Report of the Municipal Commissioner on the plague in Bombay for the year ending 31st May... - Volume 2
Disease focus: Plague
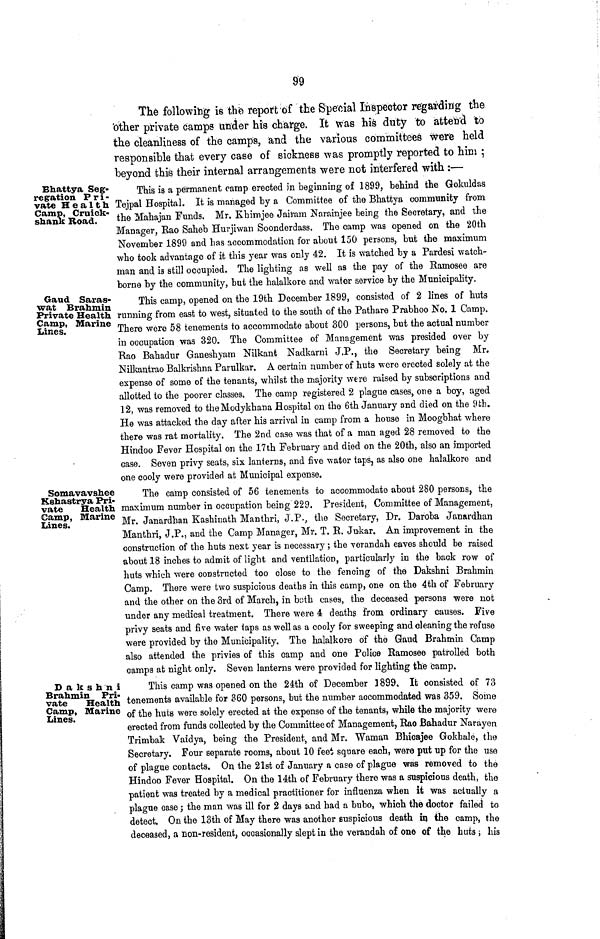
99
The following is the report of the Special Inspector regaiding the
other private camps under his charge. It was hia duty to attend to
the cleanliness of the camps, and the various committees were held
responsible that every case of sickness was promptly reported to him ;
beyond this their internal arrangements were not interfered with :—
Bhattya Seg-
regation P r i -
vate Health
Camp, Cruick-
shank Road.
This is a permanent camp erected in beginning of 1899, behind the Gokuldas
Tejpal Hospital. It is managed by a Committee of the Bhattya community from
the Mahajan Funds. Mr. Khimjee Jairam Narainjee being the Secretary, and the
Manager, Bao Saheb Hurjiwan Soonderdass. The camp was opened on the 20th
November 1899 and has accommodation for about 150 persons, but the maximum
who took advantage of it this year was only 42. It is watched by a Pardesi watch-
man and is still occupied. The lighting as well as the pay of the Ramosee are
borne by the community, but the halalkore and water service by the Municipality.
Gaud Saras-
wat Brahmin
Private Health
Camp, Marine
Lines.
This camp, opened on the 19th December 1899, consisted of 2 lines of huts
running from east to west, situated to the south of the Pathare Prabhoo No. 1 Camp.
There were 58 tenements to accommodate about 300 persons, but the actual number
in occupation was 320. The Committee of Management was presided over by
Rao Bahadur Ganeshyam Nilkant Nadkarni J.P., the Secretary being Mr.
Nilkantrao Balkrishna Parulkar. A certain number of huts were erected solely at the
expense of some of the tenants, whilst the majority were raised by subscriptions and
allotted to the poorer classes. The camp registered 2 plague cases, one a boy, aged
12, was removed to theModykhana Hospital on the 6th January and died on the 9fcb.
He was attacked the day after his arrival in camp from a house in Moogbhat where
there was rat mortality. The 2nd case was that of a man aged 28 removed to the
Hindoo Fever Hospital on the 17th February and died on the 20th, also an imported
case. Seven privy seats, six lanterns, and five water taps, as also one halalkore and
one cooly were provided at Municipal expense.
Somavavshee
Kshastrya Pri-
vate
Health
Camp, Marine
Lines.
The camp consisted of 56 tenements to accommodate about 280 persons, the
maximum number in occupation being 229. President, Committee of Management,
Mr. Janardban Kashinath Manthri, J.P·, the Secretary, Dr. Daroba Janardhan
Manthri, J.P., and the Camp Manager, Mr. T. R. Ju-kar. An improvement in the
construction of the huts next year is necessary; the verandah eaves should be raised
about 18 inches to admit of light and ventilation, particularly in the back row of
huts which were constructed too close to the fencing of the Dakshni Brahmin
Camp. There were two suspicious deaths in this camp, one on the 4th of February
and the other on the 3rd of March, in both cases, the deceased persons were not
under any medical treatment. There were 4 deaths from ordinary causes. Five
privy seats and five water taps as well as a cooly for sweeping and cleaning the refuse
were provided by the Municipality. The halalkore of the Gaud Brahmin Camp
also attended the privies of this camp and one Police Ramosee patrolled both
camps at night only. Seven lanterns were provided for lighting the camp.
Dakshni
Brahmin Pri-
vate
Health
Camp, Marine
Lines.
This camp was opened on the 24th of December 1899. It consisted of 73
tenements available for 360 persons, but the number accommodated was 359. Some
of the huts were solely erected at the expense of the tenants, while the majority were
erected from funds collected by the Committee of Management, Rao Bahadur Narayen
Trimbak Vaidya, being the President, and Mr. Waman Bhioajee Gokhalé, the
Secretary. Four separate rooms, about 10 feet square each, were put up for the use
of plague contacts. On the 21st of January a case of plague was removed to the
Hindoo Fever Hospital. On the 14th of February there was a suspicious death, the
patient was treated by a medical practitioner for influenza when it was actually a
plague case j the man was ill for 2 days and had a bubo, which the doctor failed to
detect. On the 13th of May there was another suspicious death iq the camp, the
deceased, a non-resident, occasionally slept in the verandah of one of the huts; his